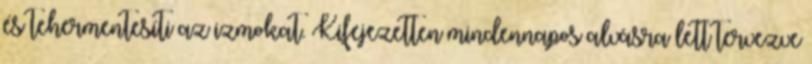
és tehermentesíti az izmokat. Kifejezetten mindennapos alvásra lett tervezve